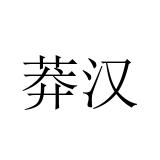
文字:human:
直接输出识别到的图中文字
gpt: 莽汉